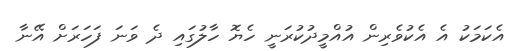
އެކަމަކު އެ އެކުވެރިން އުއްމީދުކުރަނީ ހެޔޮ ހާލުގައި ދެ ވަނަ ފަހަރަށް އޭނާ